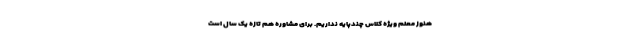
هنوز معلم ویژه کلاس چندپایه نداریم. برای مشاوره هم تازه یک سال است